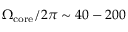
\Omega _ { \mathrm { c o r e } } / 2 \pi \sim 4 0 - 2 0 0